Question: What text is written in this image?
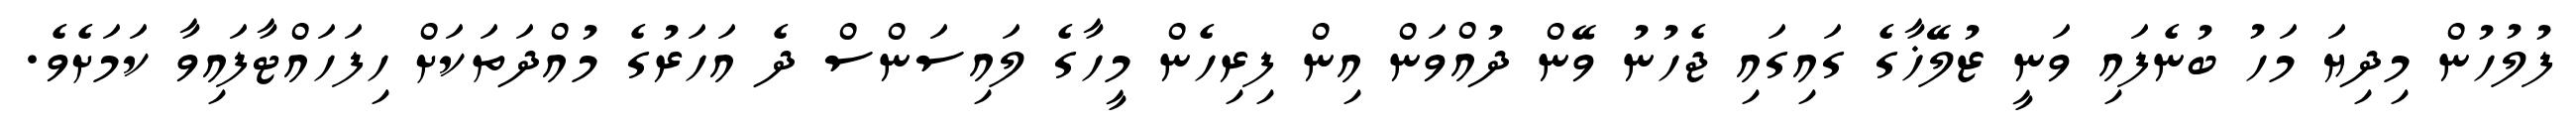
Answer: ފުލުހުން މިދިޔަ މަހު ބުނެފައި ވަނީ ޒުލޭޚާގެ ގައިގައި ޖެހުނު ވޭން ދުއްވަން އިން ފިރިހެން މީހާގެ ލައިސަންސް ދެ އަހަރުގެ މުއްދަތަކަށް ހިފަހައްޓާފައިވާ ކަމަށެވެ.